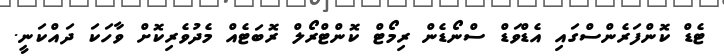
ޓެޑް ކޮންފަރެންސްގައި އެޑްވަޑް ސްނޯޑެން ރިމޯޓް ކޮންޓްރޯލް ރޮބަޓެއް މެދުވެރިކޮށް ވާހަކަ ދައްކަނީ.